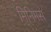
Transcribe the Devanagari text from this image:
मिनिमस